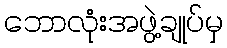
ဘောလုံးအဖွဲ့ချုပ်မှ